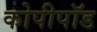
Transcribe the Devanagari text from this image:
कोपीपॉड